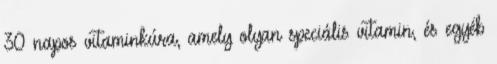
30 napos vitaminkúra, amely olyan speciális vitamin, és egyéb